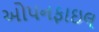
ઓપનફાઇલ